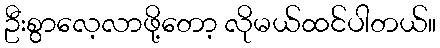
ဦးစွာလေ့လာဖို့တော့ လိုမယ်ထင်ပါတယ်။